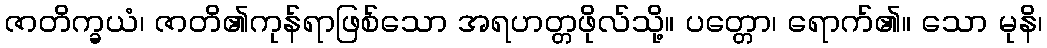
ဇာတိက္ခယံ၊ ဇာတိ၏ကုန်ရာဖြစ်သော အရဟတ္တဖိုလ်သို့။ ပတ္တော၊ ရောက်၏။ သော မုနိ၊